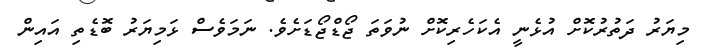
މިޔަރު ދަތުރުކޮށް އުޅެނީ އެކަހެރިކޮށް ނުވަތަ ޖޯޑްޖޯޑަށެވެ. ނަމަވެސް ޅަމިޔަރު ބޮޑެތި އައިން